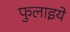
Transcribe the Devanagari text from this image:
फुलाइये